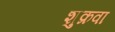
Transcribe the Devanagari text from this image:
शुक्रवा